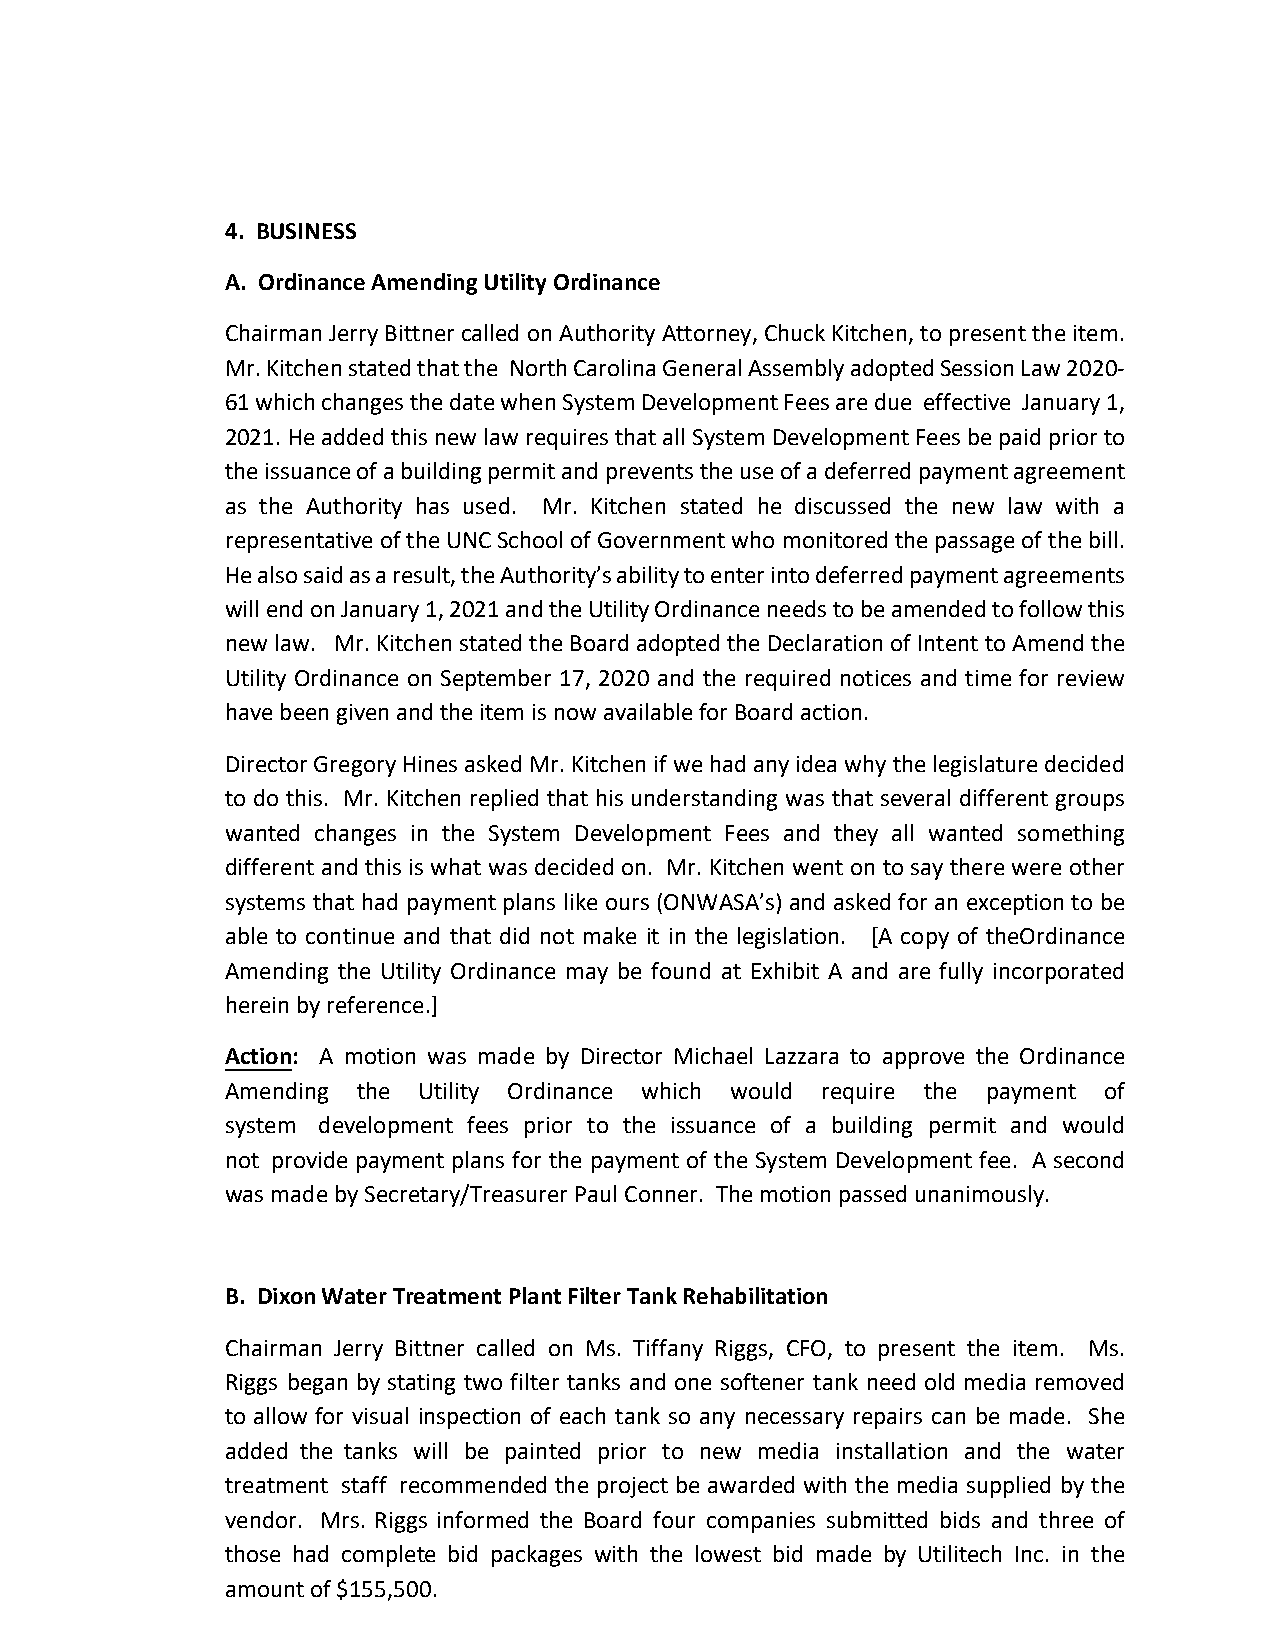
4. BUSINESS
 A. Ordinance Amending Utility Ordinance
 Chairman Jerry Bittner called on Authority Attorney, Chuck Kitchen, to present the item.
 Mr. Kitchen stated that the North Carolina General Assembly adopted Session Law 2020-
 61 which changes the date when System Development Fees are due effective January 1,
 2021. He added this new law requires that all System Development Fees be paid prior to
 the issuance of a building permit and prevents the use of a deferred payment agreement
 as the Authority has used. Mr. Kitchen stated he discussed the new law with a
 representative of the UNC School of Government who monitored the passage of the bill.
 He also said as a result, the Authority’s ability to enter into deferred payment agreements
 will end on January 1, 2021 and the Utility Ordinance needs to be amended to follow this
 new law. Mr. Kitchen stated the Board adopted the Declaration of Intent to Amend the
 Utility Ordinance on September 17, 2020 and the required notices and time for review
 have been given and the item is now available for Board action.
 Director Gregory Hines asked Mr. Kitchen if we had any idea why the legislature decided
 to do this. Mr. Kitchen replied that his understanding was that several different groups
 wanted changes in the System Development Fees and they all wanted something
 different and this is what was decided on. Mr. Kitchen went on to say there were other
 systems that had payment plans like ours (ONWASA’s) and asked for an exception to be
 able to continue and that did not make it in the legislation. [A copy of theOrdinance
 Amending the Utility Ordinance may be found at Exhibit A and are fully incorporated
 herein by reference.]
 Action: A motion was made by Director Michael Lazzara to approve the Ordinance
 Amending the Utility Ordinance which would require the payment of
 system development fees prior to the issuance of a building permit and would
 not provide payment plans for the payment of the System Development fee. A second
 was made by Secretary/Treasurer Paul Conner. The motion passed unanimously.
 B. Dixon Water Treatment Plant Filter Tank Rehabilitation
 Chairman Jerry Bittner called on Ms. Tiffany Riggs, CFO, to present the item. Ms.
 Riggs began by stating two filter tanks and one softener tank need old media removed
 to allow for visual inspection of each tank so any necessary repairs can be made. She
 added the tanks will be painted prior to new media installation and the water
 treatment staff recommended the project be awarded with the media supplied by the
 vendor. Mrs. Riggs informed the Board four companies submitted bids and three of
 those had complete bid packages with the lowest bid made by Utilitech Inc. in the
 amount of $155,500.